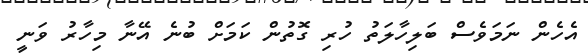
އެހެން ނަމަވެސް ބަލިހާލަތު ހުރި ގޮތުން ކަމަށް ބުނެ އޭނާ މިހާރު ވަނީ